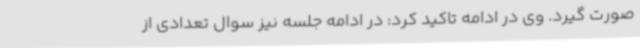
صورت گیرد. وی در ادامه تاکید کرد: در ادامه جلسه نیز سوال تعدادی از